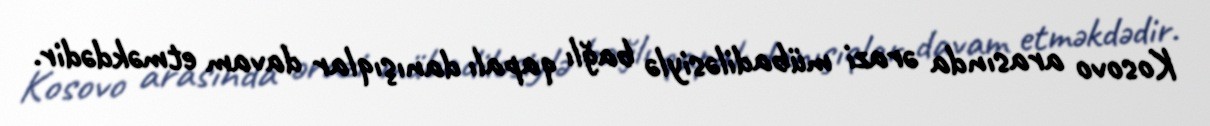
Kosovo arasında ərazi mübadiləsiylə bağlı qapalı danışıqlar davam etməkdədir.